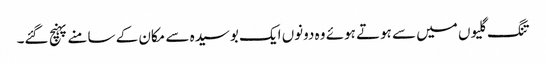
تنگ گلیوں میں سے ہوتے ہوئے وہ دونوں ایک بوسیدہ سے مکان کے سامنے پہنچ گئے۔